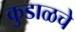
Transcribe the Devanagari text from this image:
कुडाळचे